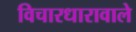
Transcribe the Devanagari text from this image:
विचारधारावाले